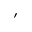
'